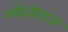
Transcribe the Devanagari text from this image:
अंग्रेजीराज